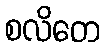
စလိတေ